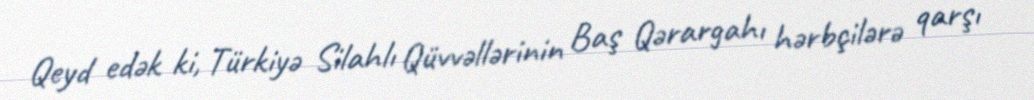
Qeyd edək ki, Türkiyə Silahlı Qüvvəllərinin Baş Qərargahı hərbçilərə qarşı